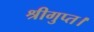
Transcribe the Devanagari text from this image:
श्रीगुप्त।